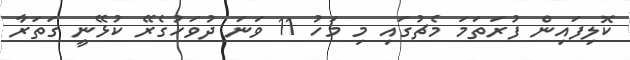
ކޮލިފައިން ފުރަތަމަ މެޗުގައި މި މަހު 11 ވަނަ ދުވަހުގެރޭ ކުޅޭނީ ގަތަރާ